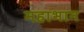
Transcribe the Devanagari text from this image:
महाभान